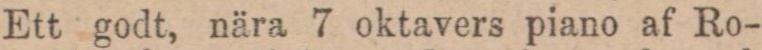
Ett godt, nära 7 oktavers piano af Ro-